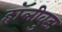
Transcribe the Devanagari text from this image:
हॉलीवुडः